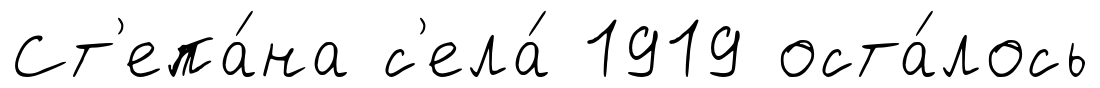
Ст'епа́на с'ела́ 1919 оста́лось